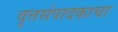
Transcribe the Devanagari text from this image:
वृत्तसंपादकाचा